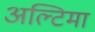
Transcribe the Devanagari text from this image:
अल्टिमा